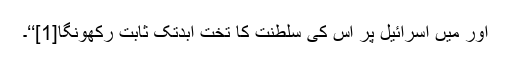
اور میں اسرائیل پر اُس کی سلطنت کا تخت ابدتک ثابت رکھونگا[1]‘‘۔